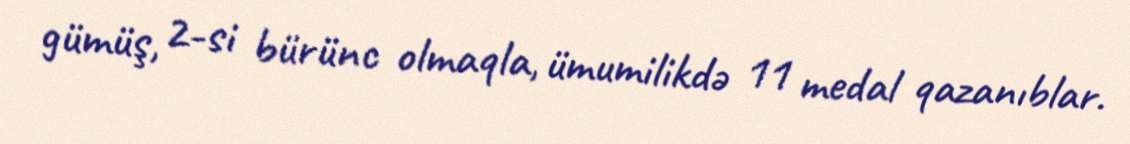
gümüş, 2-si bürünc olmaqla, ümumilikdə 11 medal qazanıblar.